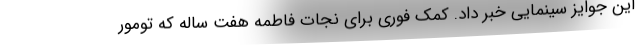
این جوایز سینمایی خبر داد. کمک فوری برای نجات فاطمه هفت ساله که تومور